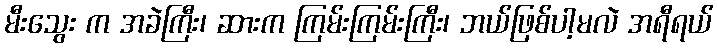
မီးသွေး က အခဲကြီး၊ ဆားက ကြမ်းကြမ်းကြီး၊ ဘယ်ဖြစ်ပါ့မလဲ အရီရယ်